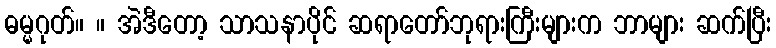
ဓမ္မဂုတ်။ ။ အဲဒီတော့ သာသနာပိုင် ဆရာတော်ဘုရားကြီးများက ဘာများ ဆက်ပြီး